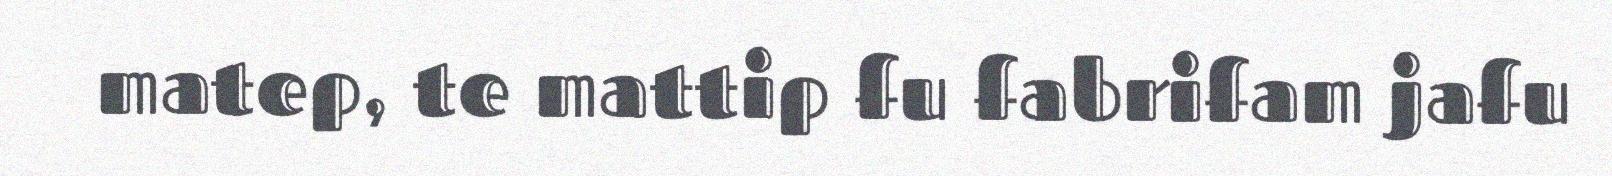
matep, te mattip fu fabrifam jafu